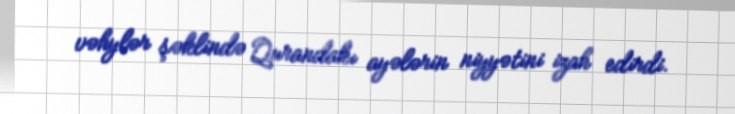
vəhylər şəklində Qurandakı ayələrin niyyətini izah edirdi.